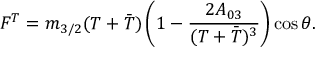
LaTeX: F ^ { T } = m _ { 3 / 2 } ( T + \bar { T } ) \left( 1 - { \frac { 2 A _ { 0 3 } } { ( T + \bar { T } ) ^ { 3 } } } \right) \cos \theta .